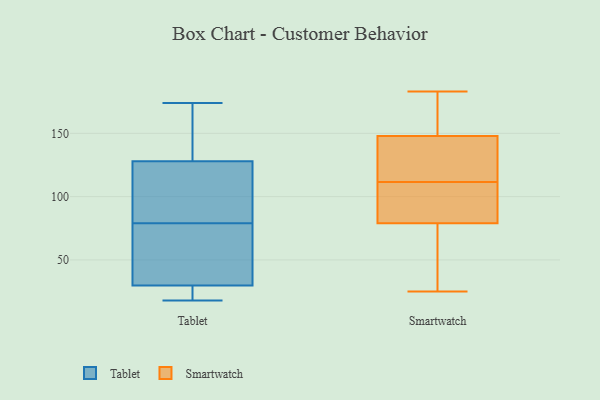
{"axis": {"x": "Bounce Rate (%)", "y": "Value"}, "legend": ["Smartwatch", "Tablet"], "data": [{"x": "", "y": 121, "type": "Tablet"}, {"x": "", "y": 18, "type": "Tablet"}, {"x": "", "y": 32, "type": "Tablet"}, {"x": "", "y": 98, "type": "Tablet"}, {"x": "", "y": 173, "type": "Tablet"}, {"x": "", "y": 22, "type": "Tablet"}, {"x": "", "y": 137, "type": "Tablet"}, {"x": "", "y": 125, "type": "Tablet"}, {"x": "", "y": 23, "type": "Tablet"}, {"x": "", "y": 79, "type": "Tablet"}, {"x": "", "y": 52, "type": "Tablet"}, {"x": "", "y": 53, "type": "Tablet"}, {"x": "", "y": 174, "type": "Tablet"}, {"x": "", "y": 25, "type": "Smartwatch"}, {"x": "", "y": 114, "type": "Smartwatch"}, {"x": "", "y": 54, "type": "Smartwatch"}, {"x": "", "y": 167, "type": "Smartwatch"}, {"x": "", "y": 53, "type": "Smartwatch"}, {"x": "", "y": 142, "type": "Smartwatch"}, {"x": "", "y": 99, "type": "Smartwatch"}, {"x": "", "y": 38, "type": "Smartwatch"}, {"x": "", "y": 159, "type": "Smartwatch"}, {"x": "", "y": 148, "type": "Smartwatch"}, {"x": "", "y": 130, "type": "Smartwatch"}, {"x": "", "y": 79, "type": "Smartwatch"}, {"x": "", "y": 118, "type": "Smartwatch"}, {"x": "", "y": 148, "type": "Smartwatch"}, {"x": "", "y": 109, "type": "Smartwatch"}, {"x": "", "y": 102, "type": "Smartwatch"}, {"x": "", "y": 183, "type": "Smartwatch"}, {"x": "", "y": 101, "type": "Smartwatch"}]}